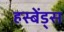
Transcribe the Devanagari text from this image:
हस्बेंड्स